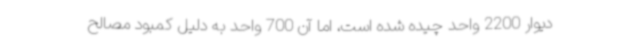
دیوار 2200 واحد چیده شده است، اما آن 700 واحد به دلیل کمبود مصالح